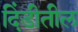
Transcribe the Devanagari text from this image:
दिंडीतील